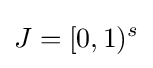
J=[0,1)^{s}